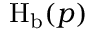
\operatorname { H } _ { \mathrm { b } } ( p )